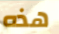
هذه